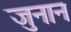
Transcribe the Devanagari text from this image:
जुनान